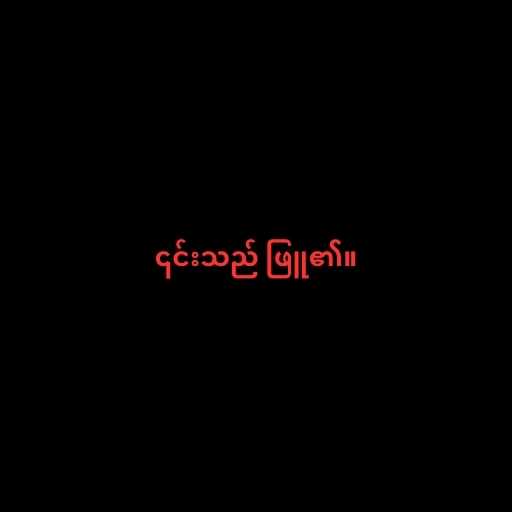
၎င်းသည် ဖြူ၏။